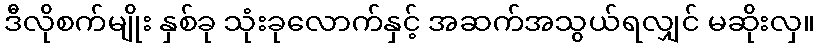
ဒီလိုစက်မျိုး နှစ်ခု သုံးခုလောက်နှင့် အဆက်အသွယ်ရလျှင် မဆိုးလှ။